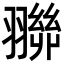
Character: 𮋓